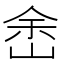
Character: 峹